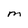
Character: M